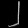
Digit: ၂